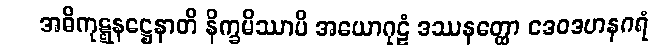
အဓိကုဋ္ဋနဋ္ဌေနာတိ နိက္ခမိဿာမိ အယောဂုဠံ ဒဿနတ္ထော ဒေဝဒဟနဂရံ